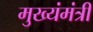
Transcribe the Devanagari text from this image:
मुख्यंमंत्री